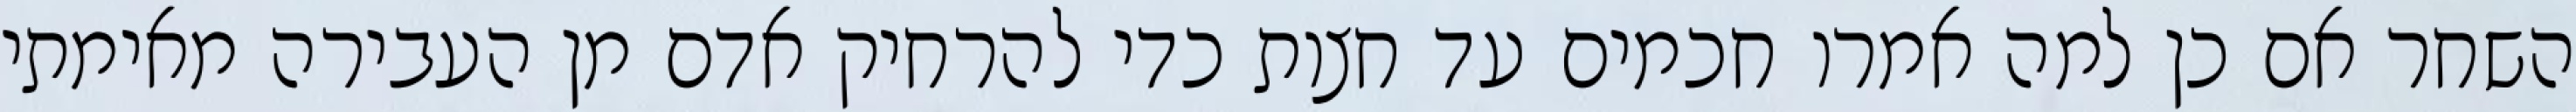
השחר אם כן למה אמרו חכמים עד חצות כדי להרחיק אדם מן העבירה מאימתי